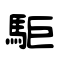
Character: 駏